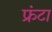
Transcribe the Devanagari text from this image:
फ्रंटा